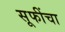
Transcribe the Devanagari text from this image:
सूफींचा